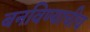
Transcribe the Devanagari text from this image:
बनविण्याचीच